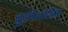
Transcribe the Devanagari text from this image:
ब्रूसीलोसिस